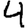
Digit: 4